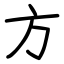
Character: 方